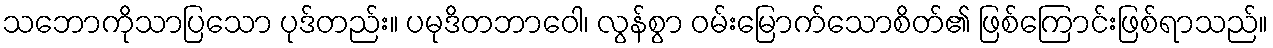
သဘောကိုသာပြသော ပုဒ်တည်း။ ပမုဒိတဘာဝေါ၊ လွန်စွာ ဝမ်းမြောက်သောစိတ်၏ ဖြစ်ကြောင်းဖြစ်ရာသည်။